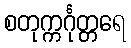
စတုက္ကင်္ဂုတ္တရေ